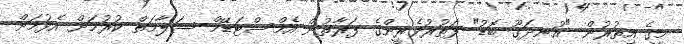
މީގެެ އިތުރުން "އުނދަގޫ ބޮޑު" ފަތުރުވެރީންގެ ފަރާތުން އެމްސްޓަޑޭމް ސަލާމަތް ކުރުމަށް އެޅުމަށް